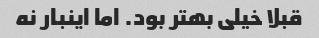
قبلا خیلی بهتر بود. اما اینبار نه